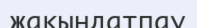
жақындатпау